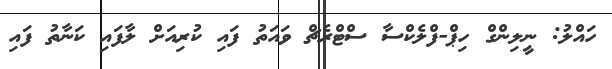
ހައްލު: ނީލިންގް ހިޕް-ފްލެކްސާ ސްޓްރެޗް ވައަތު ފައި ކުރިއަށް ލާފައި ކަނާތު ފައި